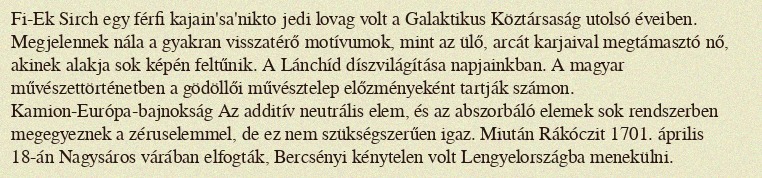
Fi-Ek Sirch egy férfi kajain'sa'nikto jedi lovag volt a Galaktikus Köztársaság utolsó éveiben. Megjelennek nála a gyakran visszatérő motívumok, mint az ülő, arcát karjaival megtámasztó nő, akinek alakja sok képén feltűnik. A Lánchíd díszvilágítása napjainkban. A magyar művészettörténetben a gödöllői művésztelep előzményeként tartják számon. Kamion-Európa-bajnokság Az additív neutrális elem, és az abszorbáló elemek sok rendszerben megegyeznek a zéruselemmel, de ez nem szükségszerűen igaz. Miután Rákóczit 1701. április 18-án Nagysáros várában elfogták, Bercsényi kénytelen volt Lengyelországba menekülni.